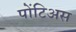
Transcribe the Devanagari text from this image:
पोंटिअस